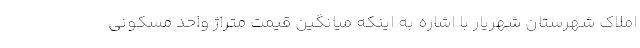
املاک شهرستان شهریار با اشاره به اینکه میانگین قیمت متراژ واحد مسکونی